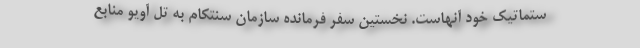
ستماتیک خود آنهاست. نخستین سفر فرمانده سازمان سنتکام به تل آویو منابع